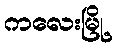
ကလေးမြို့